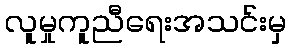
လူမှုကူညီရေးအသင်းမှ